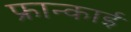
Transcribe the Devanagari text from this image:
फ्रान्काई